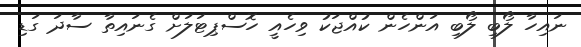
ނައިހާ ލޯބި ލޯބި އަންހެން ކުއްޖަކު ވިހެއީ ހޮސްޕިޓަލަށް ގެނައިތާ ސާދަ ގަޑި